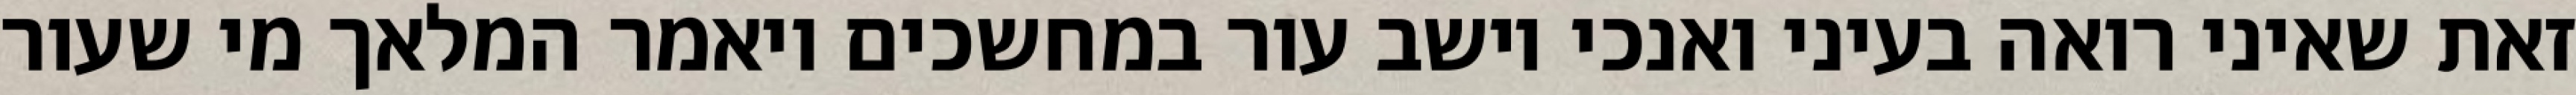
זאת שאיני רואה בעיני ואנכי יושב עור במחשכים ויאמר המלאך מי שעור